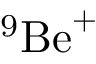
^ { 9 } \mathrm { { B e } ^ { + } }